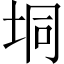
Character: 垌